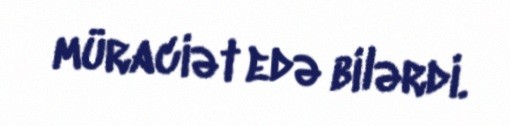
müraciət edə bilərdi.